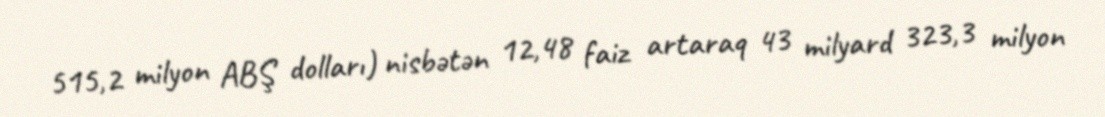
515,2 milyon ABŞ dolları) nisbətən 12,48 faiz artaraq 43 milyard 323,3 milyon